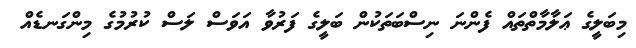
މިބަލީގެ ޢަލާމާތްތައް ފެންނަ ނިސްބަތަކުން ބަލީގެ ފަރުވާ އަވަސް ލަސް ކުރުމުގެ މިންގަނޑެއް